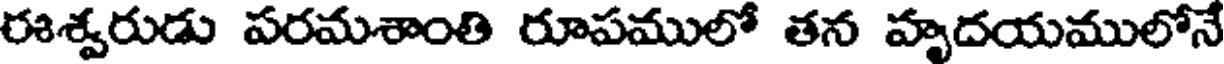
ఈశ్వరుడు పరమశాంతి రూపములో తన హృదయములోనే